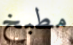
مطبخ